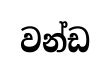
වන්ඩ